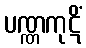
ပဏ္ဏကုဋိံ